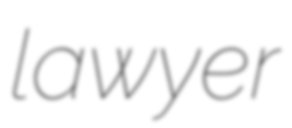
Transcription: lawyer